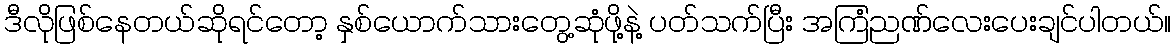
ဒီလိုဖြစ်နေတယ်ဆိုရင်တော့ နှစ်ယောက်သားတွေ့ဆုံဖို့နဲ့ ပတ်သက်ပြီး အကြံညဏ်လေးပေးချင်ပါတယ်။